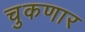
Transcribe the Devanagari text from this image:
चुकणार